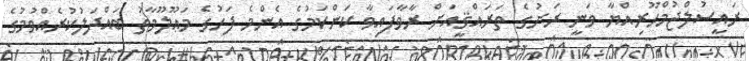
ރައީސުލްޖުމްހޫރިއްޔާ ވަނީ ރަށުގެ ތަރައްޤީއަށް ރާވާފައިވާ ކަންކަމުގެ އެންމެ ފަހުގެ މަޢޫލޫމާތު ބައްދަލުކުރެއްވުމުގެ